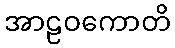
အာဠဝကောတိ